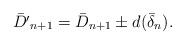
LaTeX: \begin{align*}\bar{D'}_{n+1}=\bar{D}_{n+1}\pm d_{}(\bar{\delta}_n).\end{align*}